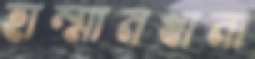
হাম্মামখানা